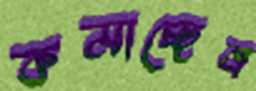
কমাচ্ছেন